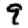
Digit: 9